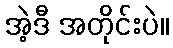
အဲ့ဒီ အတိုင်းပဲ။